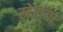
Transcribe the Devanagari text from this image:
खेरांचा